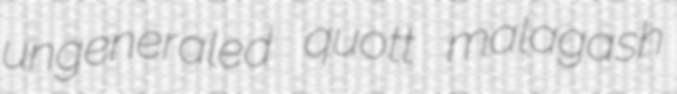
ungeneraled quott malagash